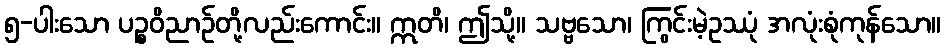
၅-ပါးသော ပဉ္စဝိညာဉ်တို့လည်းကောင်း။ ဣတိ၊ ဤသို့။ သဗ္ဗသော၊ ကြွင်းမဲ့ဥဿုံ အလုံးစုံကုန်သော။